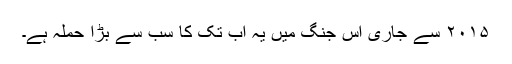
۲۰۱۵ سے جاری اس جنگ میں یہ اب تک کا سب سے بڑا حملہ ہے۔